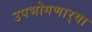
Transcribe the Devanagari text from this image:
उपभोगणार्‍या